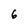
Character: 6